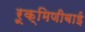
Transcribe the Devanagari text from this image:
रूक्मिणीबाई